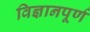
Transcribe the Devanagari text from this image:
विज्ञानपूर्ण